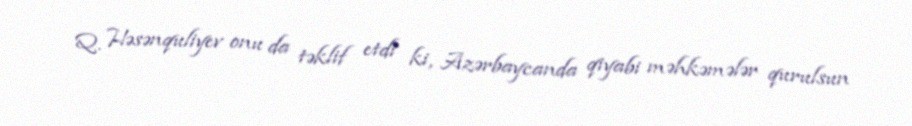
Q. Həsənquliyev onu da təklif etdi ki, Azərbaycanda qiyabi məhkəmələr qurulsun